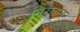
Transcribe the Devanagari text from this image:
निरबान